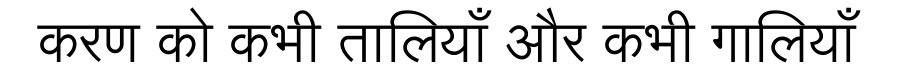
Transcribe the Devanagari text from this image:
करण को कभी तालियाँ और कभी गालियाँ